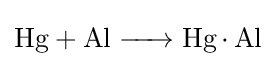
{\ce {Hg + Al -> Hg*Al}}